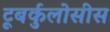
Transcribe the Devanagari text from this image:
टूबर्कुलोसीस